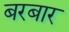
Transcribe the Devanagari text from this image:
बरबार